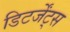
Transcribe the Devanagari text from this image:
डिटर्जेंट्स